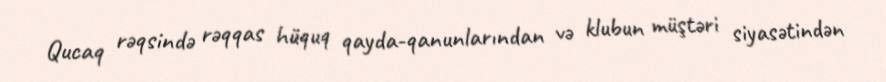
Qucaq rəqsində rəqqas hüquq qayda-qanunlarından və klubun müştəri siyasətindən